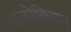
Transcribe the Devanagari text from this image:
अलौकिक।